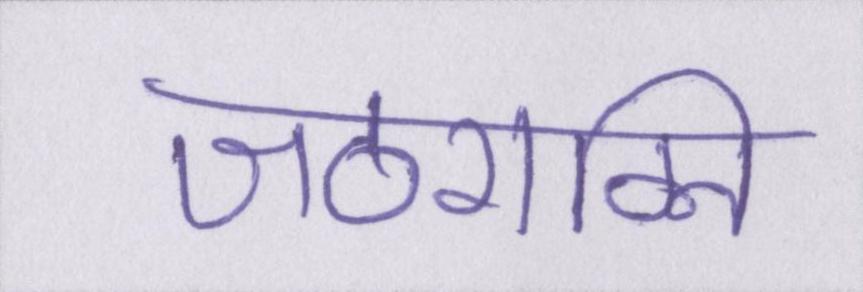
जठराग्नि